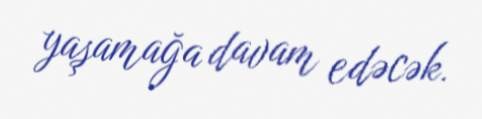
yaşamağa davam edəcək.